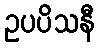
ဥပပိသနီ